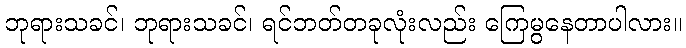
ဘုရားသခင်၊ ဘုရားသခင်၊ ရင်ဘတ်တခုလုံးလည်း ကြေမွနေတာပါလား။